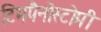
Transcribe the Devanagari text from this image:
टिमपैनोस्टोमी